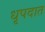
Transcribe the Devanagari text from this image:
धृपदात